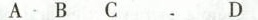
A. B C D